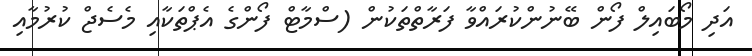
އަދި މޯބައިލް ފޯން ބޭނުންކުރައްވާ ފަރާތްތަކުން (ސްމާޓް ފޯންގެ އެޕްތަކާއި މެސެޖް ކުރުމާއި